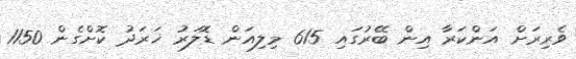
ވެރިރަށް އަންކަރާ އިން ބޭރުގައި 615 މިލިއަން ޑޮލަރު ޚަރަދު ކޮށްގެން 1150